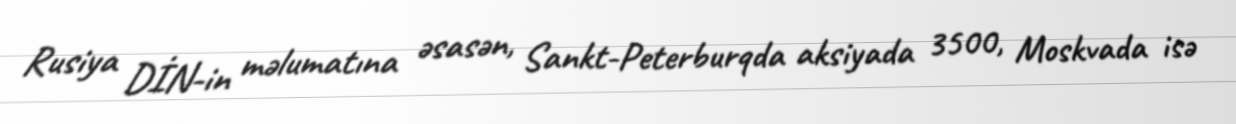
Rusiya DİN-in məlumatına əsasən, Sankt-Peterburqda aksiyada 3500, Moskvada isə